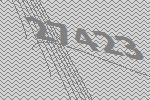
27423